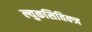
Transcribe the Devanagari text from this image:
ल्युकसिविक्ज